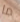
ما